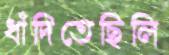
ধাঁদিতেছিলি